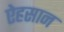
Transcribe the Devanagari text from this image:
ऐहसान